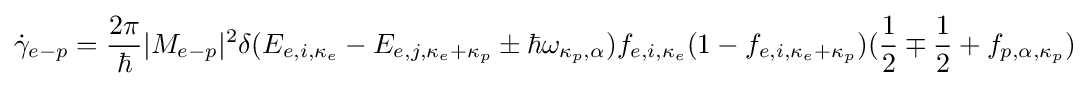
{\begin{aligned}{\dot {\gamma }}_{e-p}={\frac {2\pi }{\hbar }}|M_{e-p}|^{2}\delta (E_{e,i,\mathbf {\kappa } _{e}}-E_{e,j,\mathbf {\kappa } _{e}+\mathbf {\kappa } _{p}}\pm \hbar \omega _{\mathbf {\kappa } _{p},\alpha })f_{e,i,\mathbf {\kappa } _{e}}(1-f_{e,i,\mathbf {\kappa } _{e}+\mathbf {\kappa } _{p}})({\frac {1}{2}}\mp {\frac {1}{2}}+f_{p,\alpha ,\mathbf {\kappa } _{p}})\end{aligned}}